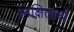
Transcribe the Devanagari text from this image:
लक्षितार्थ